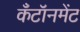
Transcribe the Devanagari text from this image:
कँटॉनमेंट